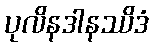
ပုလိနဒါနဿိဒံ